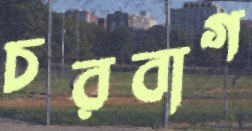
চরবাগ